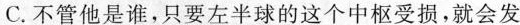
C.不管他是谁，只要左半球的这个中枢受损，就会发